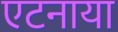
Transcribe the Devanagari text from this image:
एटनाया